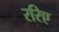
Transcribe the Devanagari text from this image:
ररिए